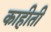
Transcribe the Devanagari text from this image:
काहीती